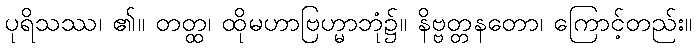
ပုရိသဿ၊ ၏။ တတ္ထ၊ ထိုမဟာဗြဟ္မာဘုံ၌။ နိဗ္ဗတ္တနတော၊ ကြောင့်တည်း။